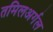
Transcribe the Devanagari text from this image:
तमिलअर्गल